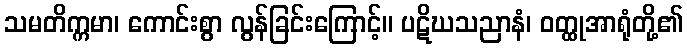
သမတိက္ကမာ၊ ကောင်းစွာ လွန်ခြင်းကြောင့်။ ပဋိဃသညာနံ၊ ဝတ္ထုအာရုံတို့၏